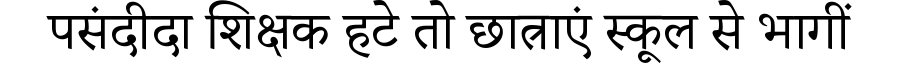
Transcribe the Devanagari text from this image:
पसंदीदा शिक्षक हटे तो छात्राएं स्कूल से भागीं